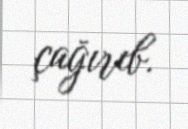
çağırıb.